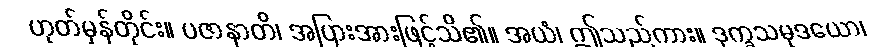
ဟုတ်မှန်တိုင်း။ ပဇာနာတိ၊ အပြားအားဖြင့်သိ၏။ အယံ၊ ဤသည်ကား။ ဒုက္ခသမုဒယော၊